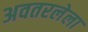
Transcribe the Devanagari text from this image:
अवतरलेला